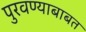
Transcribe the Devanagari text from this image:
पुरवण्याबाबत